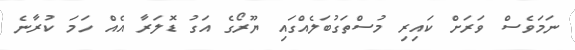
ނަމަވެސް ވަރަށް ކައިރި މުސްތަގުބަލެއްގައި ޔޫރޯގެ އަގު ޑޮލަރާ އެއް ހަމަ ކުރާނެ